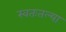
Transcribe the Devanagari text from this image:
स्वतःतल्या